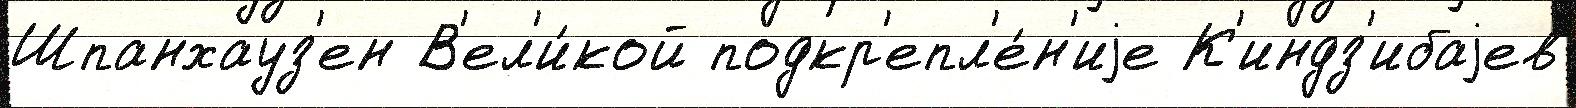
Шпанхауз'ен В'ел'и́кой подкр'епл'е́н'иjе К'индз'ибаjев